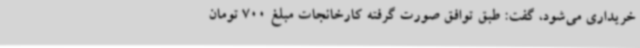
خریداری می‌شود، گفت: طبق توافق صورت گرفته کارخانجات مبلغ 700 تومان